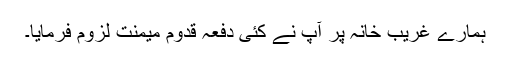
ہمارے غریب خانہ پر آپ نے کئی دفعہ قدومِ میمنت لزوم فرمایا۔